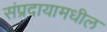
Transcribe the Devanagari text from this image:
संप्रदायामधील